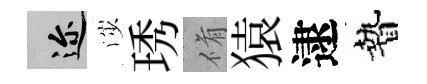
邇渉琇脩猿逮贄